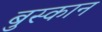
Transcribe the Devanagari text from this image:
बुस्कान